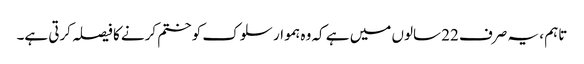
تاہم ، یہ صرف 22 سالوں میں ہے کہ وہ ہموار سلوک کو ختم کرنے کا فیصلہ کرتی ہے۔